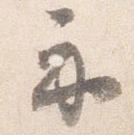
示